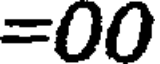
=00